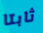
ثابتا